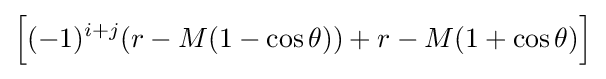
{\Big [}(-1)^{i+j}(r-M(1-\cos \theta ))+r-M(1+\cos \theta ){\Big ]}